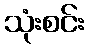
သုံးစင်း